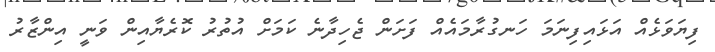
ފިޔަވަޅެއް އަޅައިފިނަމަ ހަނގުރާމައެއް ފަށަން ޖެހިދާނެ ކަމަށް އުތުރު ކޮރެޔާއިން ވަނީ އިންޒާރު